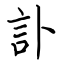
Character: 訃